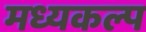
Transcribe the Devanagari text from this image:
मध्यकल्प